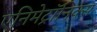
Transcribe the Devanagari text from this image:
एनिमेट्रॉनिक्स